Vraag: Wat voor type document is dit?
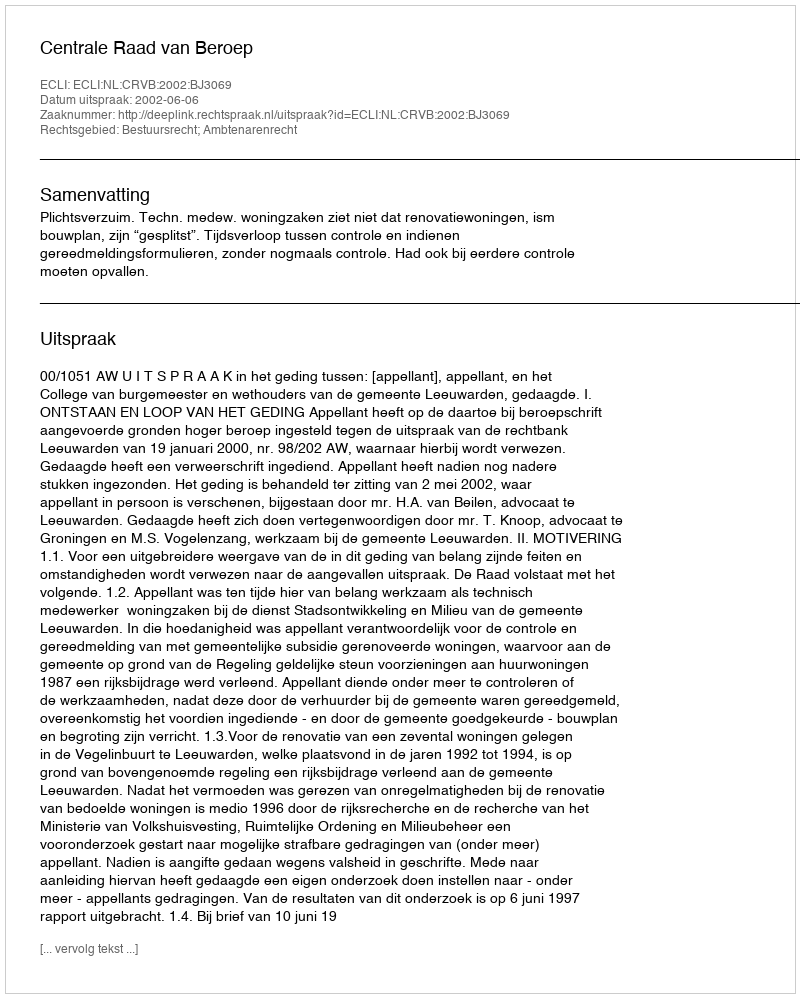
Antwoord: Uitspraak